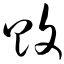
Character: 败